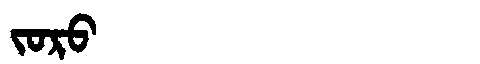
Manchu: ᠵᠣᡵᠣ
Romanization: JORO